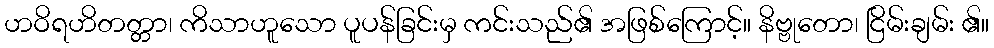
ဟဝိရဟိတတ္တာ၊ ကိသာဟူသော ပူပန်ခြင်းမှ ကင်းသည်၏ အဖြစ်ကြောင့်။ နိဗ္ဗုတော၊ ငြိမ်းချမ်း ၏။